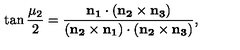
\tan { \frac { \mu _ { 2 } } 2 } = \frac { \bf { n } _ { 1 } \cdot ( \bf { n } _ { 2 } \times \bf { n } _ { 3 } ) } { ( \bf { n } _ { 2 } \times \bf { n } _ { 1 } ) \cdot ( \bf { n } _ { 2 } \times \bf { n } _ { 3 } ) } ,